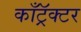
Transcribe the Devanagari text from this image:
काँट्रॅक्टर